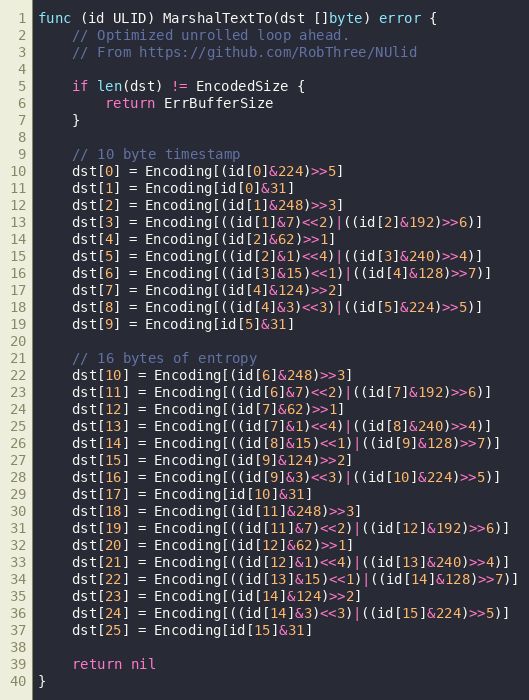
Language: Go
func (id ULID) MarshalTextTo(dst []byte) error {
	// Optimized unrolled loop ahead.
	// From https://github.com/RobThree/NUlid

	if len(dst) != EncodedSize {
		return ErrBufferSize
	}

	// 10 byte timestamp
	dst[0] = Encoding[(id[0]&224)>>5]
	dst[1] = Encoding[id[0]&31]
	dst[2] = Encoding[(id[1]&248)>>3]
	dst[3] = Encoding[((id[1]&7)<<2)|((id[2]&192)>>6)]
	dst[4] = Encoding[(id[2]&62)>>1]
	dst[5] = Encoding[((id[2]&1)<<4)|((id[3]&240)>>4)]
	dst[6] = Encoding[((id[3]&15)<<1)|((id[4]&128)>>7)]
	dst[7] = Encoding[(id[4]&124)>>2]
	dst[8] = Encoding[((id[4]&3)<<3)|((id[5]&224)>>5)]
	dst[9] = Encoding[id[5]&31]

	// 16 bytes of entropy
	dst[10] = Encoding[(id[6]&248)>>3]
	dst[11] = Encoding[((id[6]&7)<<2)|((id[7]&192)>>6)]
	dst[12] = Encoding[(id[7]&62)>>1]
	dst[13] = Encoding[((id[7]&1)<<4)|((id[8]&240)>>4)]
	dst[14] = Encoding[((id[8]&15)<<1)|((id[9]&128)>>7)]
	dst[15] = Encoding[(id[9]&124)>>2]
	dst[16] = Encoding[((id[9]&3)<<3)|((id[10]&224)>>5)]
	dst[17] = Encoding[id[10]&31]
	dst[18] = Encoding[(id[11]&248)>>3]
	dst[19] = Encoding[((id[11]&7)<<2)|((id[12]&192)>>6)]
	dst[20] = Encoding[(id[12]&62)>>1]
	dst[21] = Encoding[((id[12]&1)<<4)|((id[13]&240)>>4)]
	dst[22] = Encoding[((id[13]&15)<<1)|((id[14]&128)>>7)]
	dst[23] = Encoding[(id[14]&124)>>2]
	dst[24] = Encoding[((id[14]&3)<<3)|((id[15]&224)>>5)]
	dst[25] = Encoding[id[15]&31]

	return nil
}